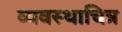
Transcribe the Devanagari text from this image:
व्यवस्थाचित्र